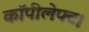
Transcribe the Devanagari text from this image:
कॉपीलेफ्ट।